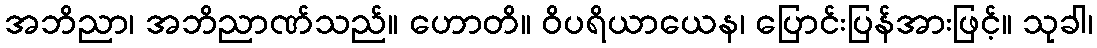
အဘိညာ၊ အဘိညာဏ်သည်။ ဟောတိ။ ဝိပရိယာယေန၊ ပြောင်းပြန်အားဖြင့်။ သုခါ၊